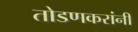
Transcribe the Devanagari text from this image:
तोडणकरांनी